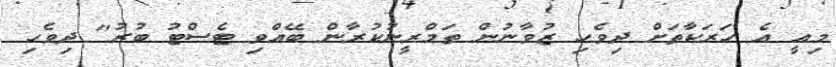
މިއީ އެ ހަރަކާތަށް ދިވެހި ޒުވާނުން ތަމްރީނުކުރާން ބޭއްވި ޓެސްޓު ބުރު" ދިވެހި